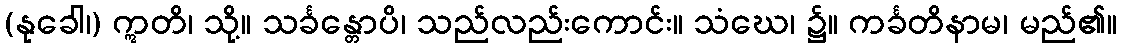
(နုခေါ၊) ဣတိ၊ သို့။ သင်္ခန္တောပိ၊ သည်လည်းကောင်း။ သံဃေ၊ ၌။ ကင်္ခတိနာမ၊ မည်၏။